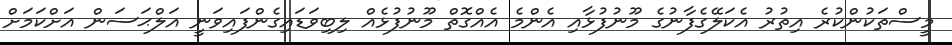
މީސްތަކުންކުރެ އިތުރު އެކަލޭގެފާނުގެ މޫނުފުޅާއި އެންމެ އެއްގޮތް މޫނުފުޅެއް ލިބިވަޑައިގެންފައިވަނީ އަލްޙަސަން އަށްކަމަށް